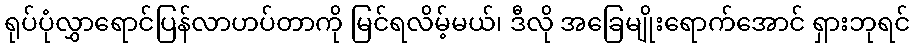
ရုပ်ပုံလွှာရောင်ပြန်လာဟပ်တာကို မြင်ရလိမ့်မယ်၊ ဒီလို အခြေမျိုးရောက်အောင် ရှားဘုရင်